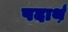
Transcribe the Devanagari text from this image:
पदार्थ़